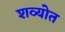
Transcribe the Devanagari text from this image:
शव्योत